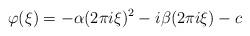
LaTeX: \begin{align*} \varphi ( \xi ) = - \alpha ( 2 \pi i \xi ) ^ 2 - i \beta ( 2 \pi i \xi ) - c\end{align*}